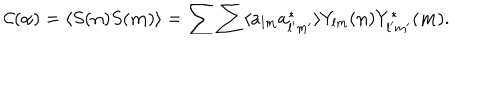
LaTeX: { \mathcal C } ( \alpha ) = \langle S ( { \bf n } ) S ( { \bf m } ) \rangle = \sum \sum \langle a _ { l m } a _ { l ^ { \prime } m ^ { \prime } } ^ { * } \rangle Y _ { l m } ( { \bf n } ) Y _ { l ^ { \prime } m ^ { \prime } } ^ { * } ( { \bf m } ) .